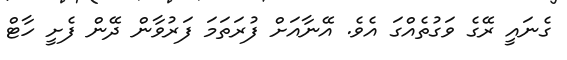
ގެނައީ ރޭގެ ވަގުތެއްގަ އެވެ. އޭނާއަށް ފުރަތަމަ ފަރުވާން ދޭން ފެށީ ހާޓް